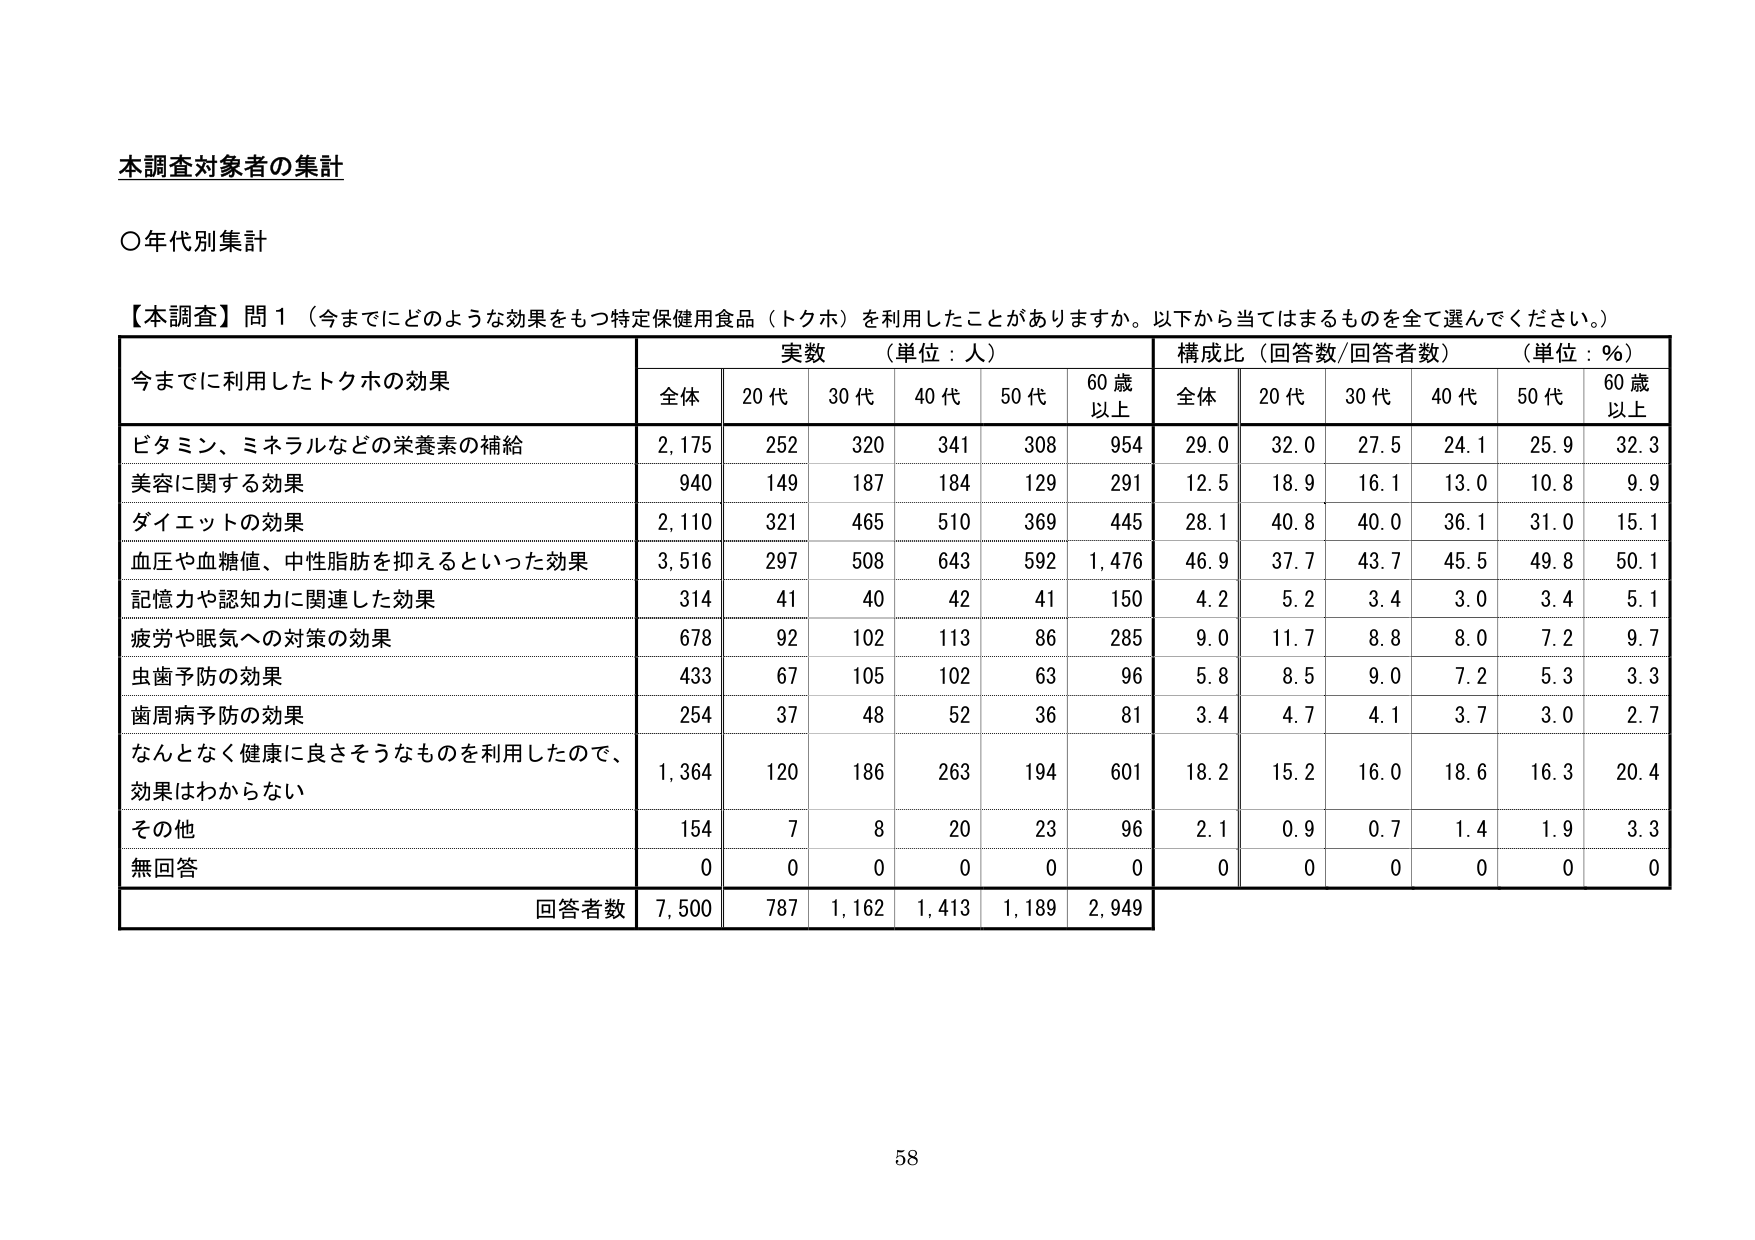
本調査対象者の集計

○年代別集計

【本調査】問1（今までにどのような効果をもつ特定保健用食品（トクホ）を利用したことがありますか。以下から当てはまるものを全て選んでください。）

今までに利用したトクホの効果　　実数（単位：人）　　構成比（回答数/回答者数）（単位：%）

　　　　　　　　　　　　　　　　　全体　　20代　　30代　　40代　　50代　　60歳以上　　全体　　20代　　30代　　40代　　50代　　60歳以上

ビタミン、ミネラルなどの栄養素の補給　　2,175　　252　　320　　341　　308　　954　　29.0　　32.0　　27.5　　24.1　　25.9　　32.3

美容に関する効果　　940　　149　　187　　184　　129　　291　　12.5　　18.9　　16.1　　13.0　　10.8　　9.9

ダイエットの効果　　2,110　　321　　465　　510　　369　　445　　28.1　　40.8　　40.0　　36.1　　31.0　　15.1

血圧や血糖値、中性脂肪を抑えるといった効果　　3,516　　297　　508　　643　　592　　1,476　　46.9　　37.7　　43.7　　45.5　　49.8　　50.1

記憶力や認知力に関連した効果　　314　　41　　40　　42　　41　　150　　4.2　　5.2　　3.4　　3.0　　3.4　　5.1

疲労や眠気への対策の効果　　678　　92　　102　　113　　86　　285　　9.0　　11.7　　8.8　　8.0　　7.2　　9.7

虫歯予防の効果　　433　　67　　105　　102　　63　　96　　5.8　　8.5　　9.0　　7.2　　5.3　　3.3

歯周病予防の効果　　254　　37　　48　　52　　36　　81　　3.4　　4.7　　4.1　　3.7　　3.0　　2.7

なんとなく健康に良さそうなものを利用したので、効果はわからない　　1,364　　120　　186　　263　　194　　601　　18.2　　15.2　　16.0　　18.6　　16.3　　20.4

その他　　154　　7　　8　　20　　23　　96　　2.1　　0.9　　0.7　　1.4　　1.9　　3.3

無回答　　0　　0　　0　　0　　0　　0　　0　　0　　0　　0　　0　　0

回答者数　　7,500　　787　　1,162　　1,413　　1,189　　2,949

58